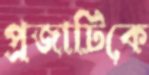
প্রজাটিকে